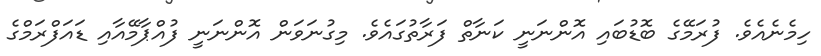
ހިމެނެއެވެ. ފުރަމޭގެ ބޮޑުބައި އޮންނަނީ ކަނާތް ފަރާތުގައެވެ. މިގުނަވަން އޮންނަނީ ފުއްޕާމޭއާއި ޑައަފްރަމްގެ